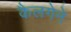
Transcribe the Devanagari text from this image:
कैलगेने